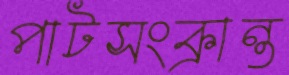
পাটসংক্রান্ত